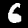
Label: 6